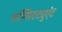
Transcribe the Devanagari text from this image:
कॉन्सिटट्युएंट